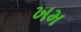
ખમ